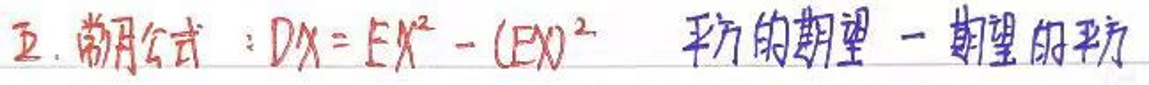
五、常用公式：\(DX = EX^{2}-(EX)^{2}\)  平方的期望-期望的平方